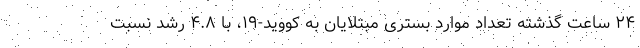
۲۴ ساعت گذشته تعداد موارد بستری مبتلایان به کووید-۱۹، با ۴.۸ رشد نسبت